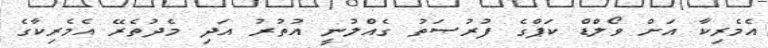
އެމެރިކާ އަށް ވޯލްޑް ކަޕްގެ ފުރުޞަތު ގެއްލުނީ އުތުރު އަދި މެދުތެރޭ އެމެރިކާގެ